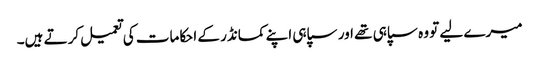
میرے لیے تو وہ سپاہی تھے اور سپاہی اپنے کمانڈر کے احکامات کی تعمیل کرتے ہیں۔